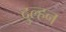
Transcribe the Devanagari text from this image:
दुल्‍हन